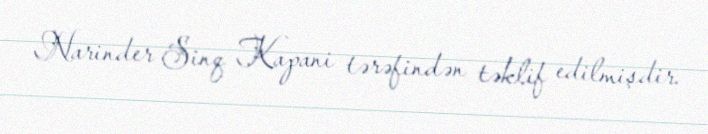
Narinder Sinq Kapani tərəfindən təklif edilmişdir.